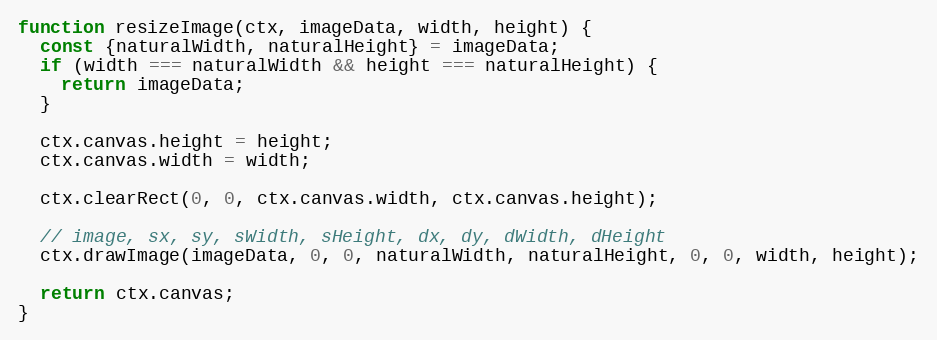
Language: JavaScript
function resizeImage(ctx, imageData, width, height) {
  const {naturalWidth, naturalHeight} = imageData;
  if (width === naturalWidth && height === naturalHeight) {
    return imageData;
  }

  ctx.canvas.height = height;
  ctx.canvas.width = width;

  ctx.clearRect(0, 0, ctx.canvas.width, ctx.canvas.height);

  // image, sx, sy, sWidth, sHeight, dx, dy, dWidth, dHeight
  ctx.drawImage(imageData, 0, 0, naturalWidth, naturalHeight, 0, 0, width, height);

  return ctx.canvas;
}